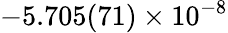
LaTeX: -5.705(71)\times 10^{-8}